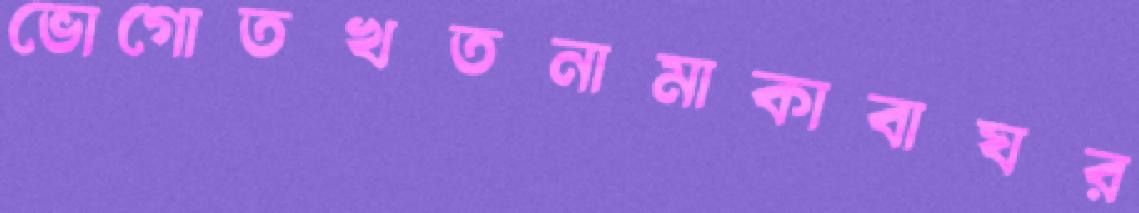
ভোগোতখতনামাকাবাঘর